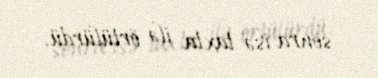
sonra isə taxta ilə örtülürdü.